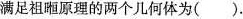
满足祖咂原理的两个几何体为().